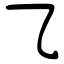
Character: ⺄